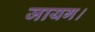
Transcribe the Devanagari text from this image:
जायग।